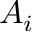
A _ { i }